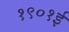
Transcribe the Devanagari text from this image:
१९०१ई